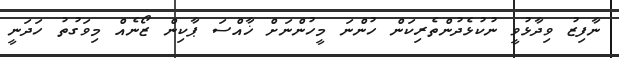
ނާފިޒު ވިދާޅުވީ ނުކުޅެދުންތެރިކަން ހުންނަ މީހުންނަށް ޚާއްސަ ޕާކިން ޒޯނެއް މިވަގުތު ހަދަނީ